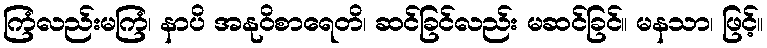
ကြံလည်းမကြံ၊ နာပိ အနုဝိစာရေတိ၊ ဆင်ခြင်လည်း မဆင်ခြင်။ မနသာ၊ ဖြင့်။